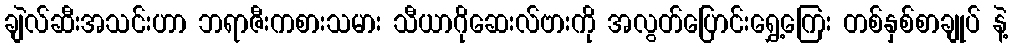
ချဲလ်ဆီးအသင်းဟာ ဘရာဇီးကစားသမား သီယာဂိုဆေးလ်ဗားကို အလွတ်ပြောင်းရွှေ့ကြေး တစ်နှစ်စာချုပ် နဲ့